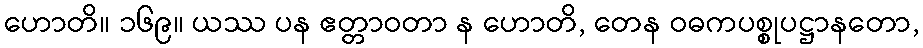
ဟောတိ။ ၁၆၉။ ယဿ ပန ဧတ္တာဝတာ န ဟောတိ, တေန ဝဓကပစ္စုပဋ္ဌာနတော,